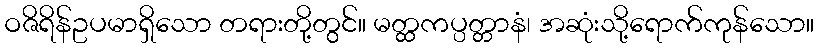
ဝဇိရိန်ဥပမာရှိသော တရားတို့တွင်။ မတ္ထကပ္ပတ္တာနံ၊ အဆုံးသို့ရောက်ကုန်သော။